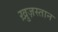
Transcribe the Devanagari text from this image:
ख़ुज़स्तान